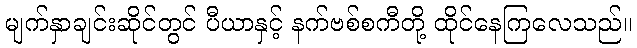
မျက်နှာချင်းဆိုင်တွင် ပီယာနှင့် နက်ဗစ်စကီတို့ ထိုင်နေကြလေသည်။